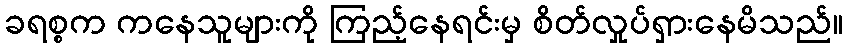
ခရစ္စက ကနေသူများကို ကြည့်နေရင်းမှ စိတ်လှုပ်ရှားနေမိသည်။